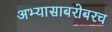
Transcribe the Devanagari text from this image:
अभ्यासाबरोबरच